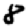
Digit: 8